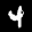
Label: 4